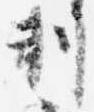
判